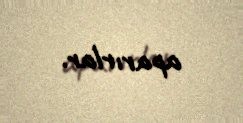
aparırlar.